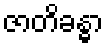
ဇာတိခန္ဓာ